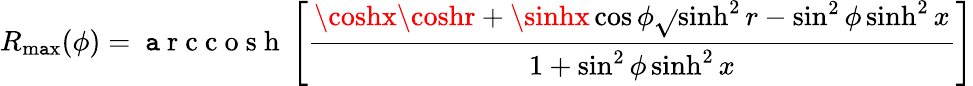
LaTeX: R_{\operatorname*{m\mathtt{a}x}}(\phi)=\mathrm{{~\mathtt{a}~r~c~c~o~s~h~}}\left[\frac{{\coshx\coshr+\sinhx\cos\phi\sqrt{}{{\sinh^{2}r-\sin^{2}\phi\sinh^{2}x}}}}{{1+\sin^{2}\phi\sinh^{2}x}}\right]